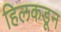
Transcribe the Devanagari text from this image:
हिलकडून